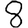
Digit: 8